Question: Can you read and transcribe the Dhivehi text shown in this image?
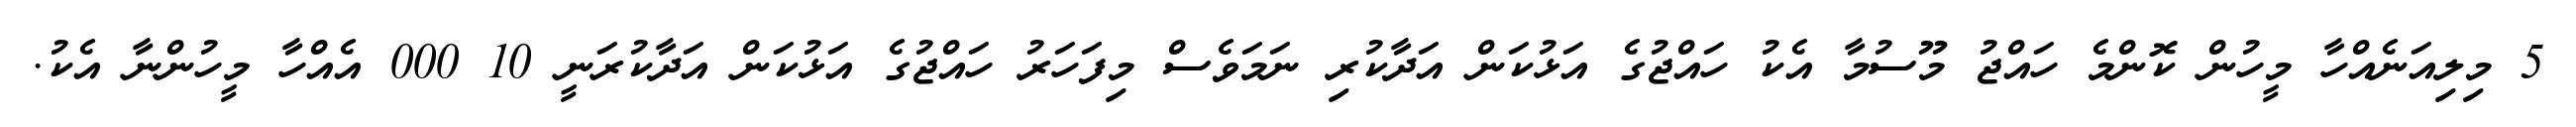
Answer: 5 މިލިއަނެއްހާ މީހުން ކޮންމެ ހައްޖު މޫސުމާ އެކު ހައްޖުގެ އަޅުކަން އަދާކުރި ނަމަވެސް މިފަހަރު ހައްޖުގެ އަޅުކަން އަދާކުރަނީ 10 000 އެއްހާ މީހުންނާ އެކު.